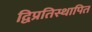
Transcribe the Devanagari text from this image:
द्विप्रतिस्थापित